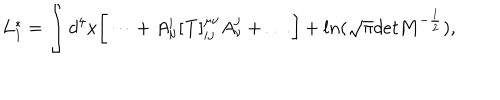
LaTeX: L _ { 1 } ^ { * } = \int d ^ { 4 } x \bigg [ \dots + A _ { \mu } ^ { i } [ { \bf T } ] _ { i j } ^ { \mu \nu } A _ { \nu } ^ { j } + \dots \bigg ] + l n ( \sqrt \pi d e t { \bf M } ^ { - \frac 1 2 } ) ,